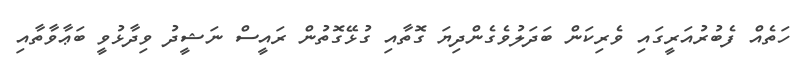
ހަތެއް ފެބުރުއަރީގައި ވެރިކަން ބަދަލުވެގެންދިޔަ ގޮތާއި ގުޅޭގޮތުން ރައީސް ނަޝީދު ވިދާޅުވީ ބަޢާވާތާއި